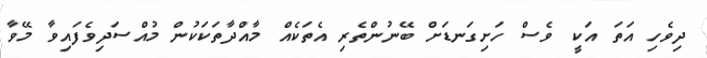
ދިވެހި އަތަ އަކީ ވެސް ހަށިގަނޑަށް ބޭނުންތެރި އެތަކެއް މާއްދާތަކަކުން މުއްސަދިވެފައިވާ މޭވާ